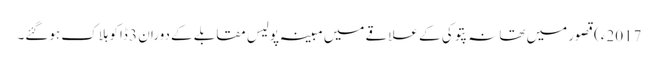
2017ء)قصور میں تھانہ پتوکی کے علاقے میں مبینہ پولیس مقابلے کے دوران 3 ڈاکو ہلاک ہوگئے۔